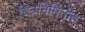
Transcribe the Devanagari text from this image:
चित्रनिर्मितीत